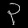
Digit: ၃